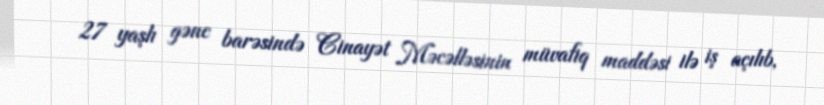
27 yaşlı gənc barəsində Cinayət Məcəlləsinin müvafiq maddəsi ilə iş açılıb,